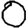
Digit: 0